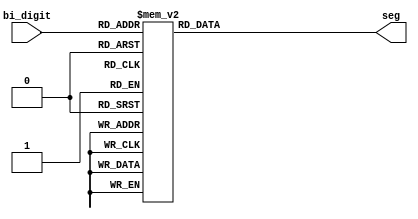
module bin_7seg(bi_digit,seg);
input [3:0] bi_digit;
output [6:0] seg;
reg [6:0] seg;
// seg = {g,f,e,d,c,b,a};


always @ (bi_digit)
case (bi_digit)
        4'h0: seg = ~7'b0111111;
        4'h1: seg = ~7'b0000110;     		  // ---a----
        4'h2: seg = ~7'b1011011;    		  // |      |
        4'h3: seg = ~7'b1001111;    		  // f      b
        4'h4: seg = ~7'b1100110; 		     // |      |
        4'h5: seg = ~7'b1101101;   		     // ---g----
        4'h6: seg = ~7'b1111101;   		     // |      |
        4'h7: seg = ~7'b0000111;   		     // e      c
        4'h8: seg = ~7'b1111111;    	     // |      |
        4'h9: seg = ~7'b1100111;    		  // ---d----
        4'ha: seg = ~7'b1110111;
        4'hb: seg = ~7'b1111100;
        4'hc: seg = ~7'b1011000;
        4'hd: seg = ~7'b1011110;
        4'he: seg = ~7'b1111001;
        4'hf: seg = ~7'b1110001;
endcase

endmodule